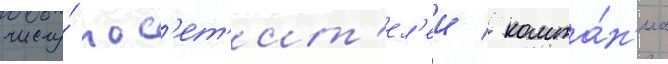
числу́ пос'ет'ит'ел'еи / компа́н'иа